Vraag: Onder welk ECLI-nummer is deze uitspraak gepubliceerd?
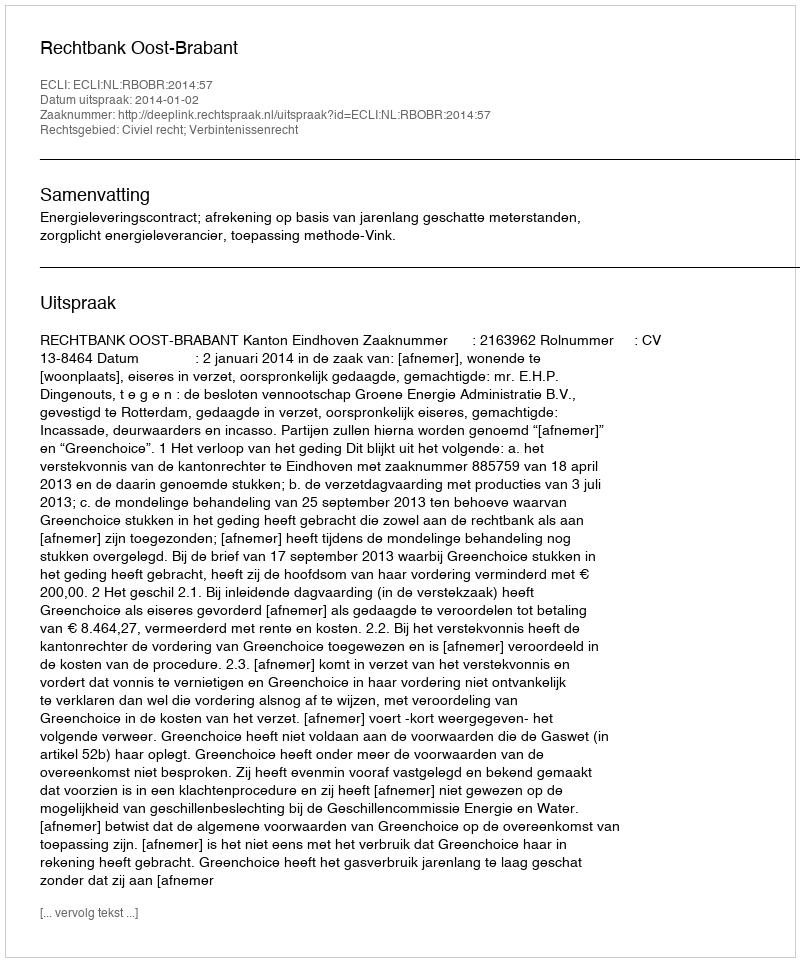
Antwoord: ECLI:NL:RBOBR:2014:57